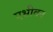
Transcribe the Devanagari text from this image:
एभ्रीवन